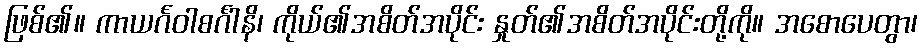
ဖြစ်၏။ ကာယင်္ဂဝါစင်္ဂါနိ၊ ကိုယ်၏အစိတ်အပိုင်း နှုတ်၏အစိတ်အပိုင်းတို့ကို။ အစောပေတွာ၊